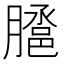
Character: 𭩉